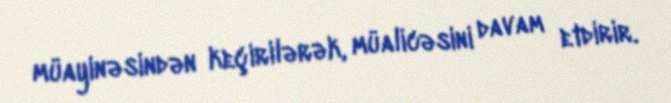
müayinəsindən keçirilərək, müalicəsini davam etdirir.